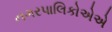
નગરપાલિકોએએ